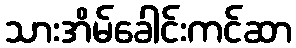
သားအိမ်ခေါင်းကင်ဆာ